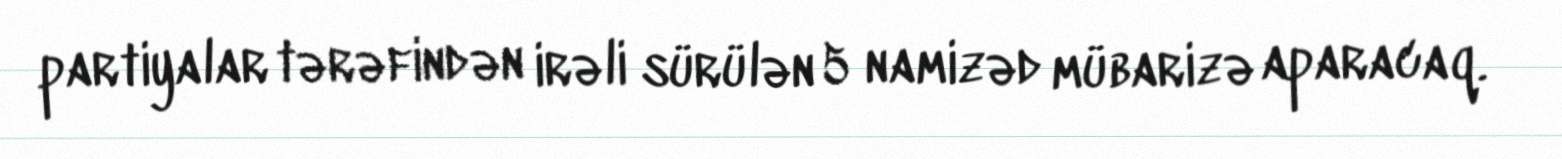
partiyalar tərəfindən irəli sürülən 5 namizəd mübarizə aparacaq.